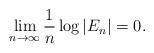
LaTeX: \begin{align*} \lim_{n \to \infty} \frac{1}{n} \log |E_n| = 0. \end{align*}